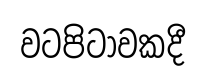
වටපිටාවකදී